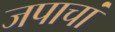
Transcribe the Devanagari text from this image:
जपाचां